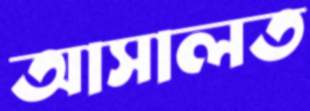
আসালত